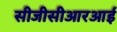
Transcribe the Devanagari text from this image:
सीजीसीआरआई